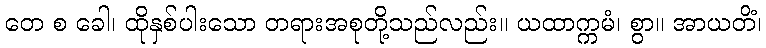
တေ စ ခေါ၊ ထိုနှစ်ပါးသော တရားအစုတို့သည်လည်း။ ယထာက္ကမံ၊ စွာ။ အာယတိံ၊